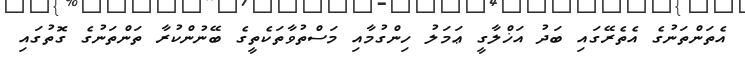
އެތަންތަނުގެ އެތެރޭގައި ބަދު އަޚްލާގީ ޢަމަލު ހިންގުމާއި މަސްތުވާތަކެތީގެ ބޭނުންކުރާ ތަންތަނުގެ ގޮތުގައި